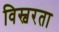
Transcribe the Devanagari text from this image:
विस्वरता